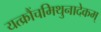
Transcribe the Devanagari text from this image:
यत्क्रौंचमिथुनादेकम्